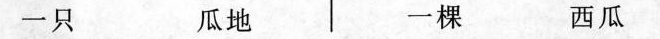
一只 瓜地 一棵 西瓜